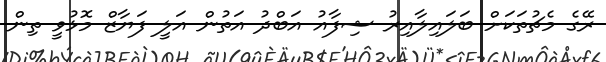
ރޭގެ މެޗުތަކަށް ބަލައިލާއިރު ޝިފާއު އަބްދު އަތުން އަލީ ފަޔާޒް މޮޅުވީ ތިން